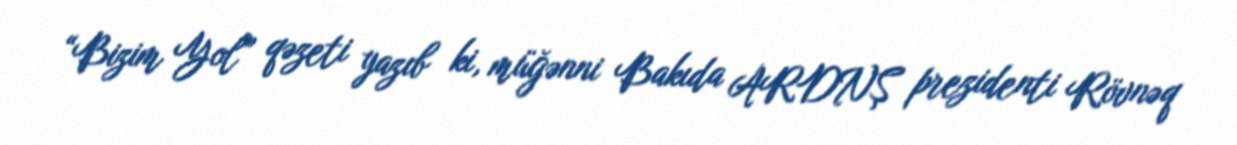
“Bizim Yol” qəzeti yazıb ki, müğənni Bakıda ARDNŞ prezidenti Rövnəq